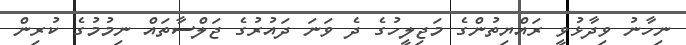
ނިހާނު ވިދާޅުވީ ރައްޔިތުންގެ މަޖިލީހުގެ ދެ ވަނަ ދައުރުގެ ޖަލްސާތައް ނިމުމުގެ ކުރިން